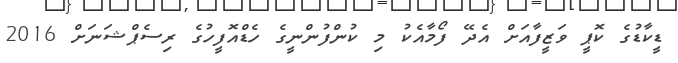
ޑީކާޑުގެ ކޮޕީ ވަޒީފާއަށް އެދޭ ފޯމާއެކު މި ކުންފުންނީގެ ހެޑްއޮފީހުގެ ރިސެޕްޝަނަށް 2016